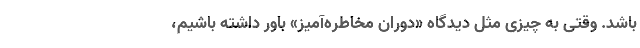
باشد. وقتی به چیزی مثل دیدگاه «دوران مخاطره‌آمیز» باور داشته باشیم،